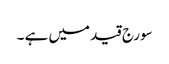
سورج قید میں ہے ۔